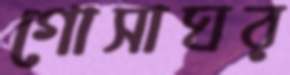
গোসাঘর